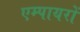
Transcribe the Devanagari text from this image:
एम्पायरों